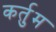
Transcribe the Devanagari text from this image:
कर्तुम